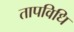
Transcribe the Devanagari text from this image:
तापविधि